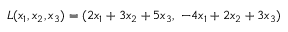
L ( x _ { 1 } , x _ { 2 } , x _ { 3 } ) = ( 2 x _ { 1 } + 3 x _ { 2 } + 5 x _ { 3 } , \; - 4 x _ { 1 } + 2 x _ { 2 } + 3 x _ { 3 } )